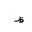
Letter: _za